On a parasite found in the white corpuscles of the blood of dogs - Number 14
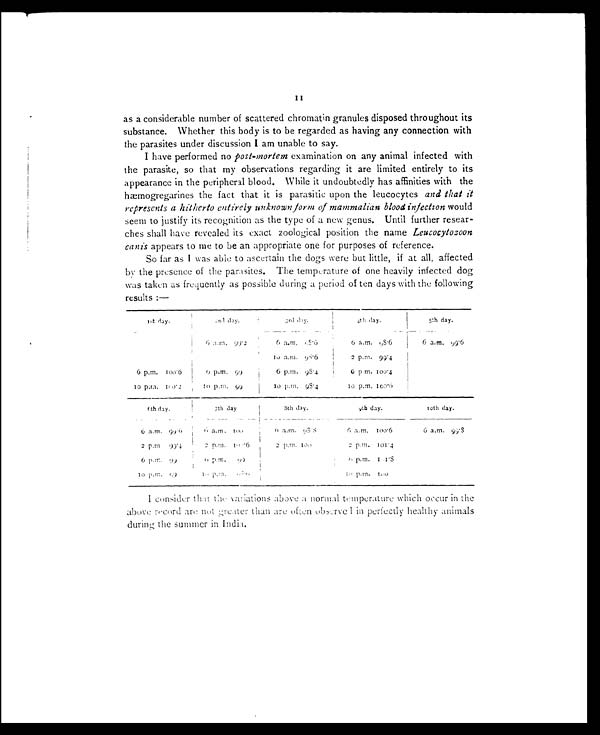
11
as a considerable number of scattered chromatin granules disposed throughout its
substance. Whether this body is to be regarded as having any connection with
the parasites under discussion I am unable to say.
I have performed no post-mortem examination on any animal infected with
the parasite, so that my observations regarding it are limited entirely to its
appearance in the peripheral blood. While it undoubtedly has affinities with the
hæmogregarines the fact that it is parasitic upon the leucocytes and that it
represents a hitherto entirely unknown form of mammalian blood infection would
seem to justify its recognition as the type of a new genus. Until further resear-
ches shall have revealed its exact zoological position the name Leucocytozoon
canis appears to me to be an appropriate one for purposes of reference.
So far as I was able to ascertain the dogs were but little, if at all, affected
by the presence of the parasites. The temperature of one heavily infected dog
was taken as frequently as possible during a period of ten days with the following
results:—
1 s t d a y .
2 n d d a y .
3rd day.
4th day. 5th day.
6 a.m. 99.2
6 a.m. 98.6
6 a.m. 9 8 . 6
6 a.m. 99.6
10 a.m. 98.6
2 p.m. 99.4
6 p.m.
1 0 0 . 6
6 p.m. 99
6 p.m. 98.4
6 p.m. 100.4
10 p.m.
1 0 0 . 2
10 p.m. 99
10 p.m. 98.4
10 p.m. 100.6
6th day.
7th day
8th day.
9 t h d a y .
10th day.
6 a.m. 9
9 . 6
6 a.m. 100
6 a.m. 98.8
6 a.m.
1 0 0 . 6
6 a.m. 99. 8
2 p.m. 99.4
2 p.m. 19
.6
2 p.m.
100
2 p.m. 1 0 1 . 4
6 p.m. 99
6 p.m. 99
6 p.m.
1 0 1 . 8
10 p.m. 99
10 p.m. 98.0
1 0 p . m .
1 0 0
I consider that the variations above a normal temperature which occur in the
above record are not greater than are often observed in perfectly healthy animals
during the summer in India.